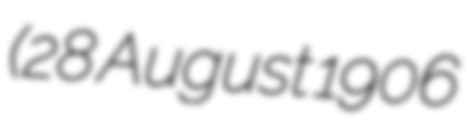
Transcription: (28 August 1906